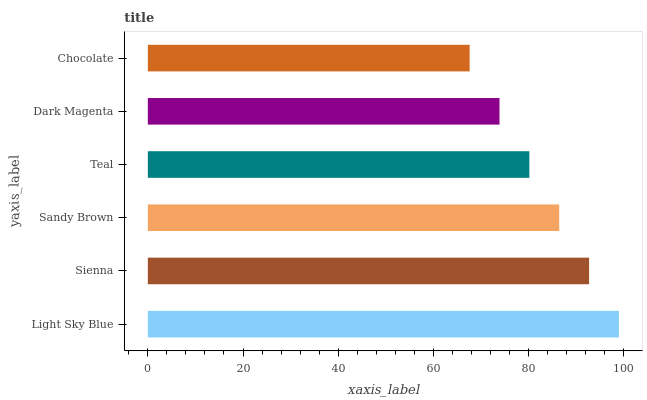
| yaxis_label | bars |
 | --- | --- |
 | Light Sky Blue | 99 |
 | Sienna | 92.7 |
 | Sandy Brown | 86.4 |
 | Teal | 80.2 |
 | Dark Magenta | 73.9 |
 | Chocolate | 67.6 |